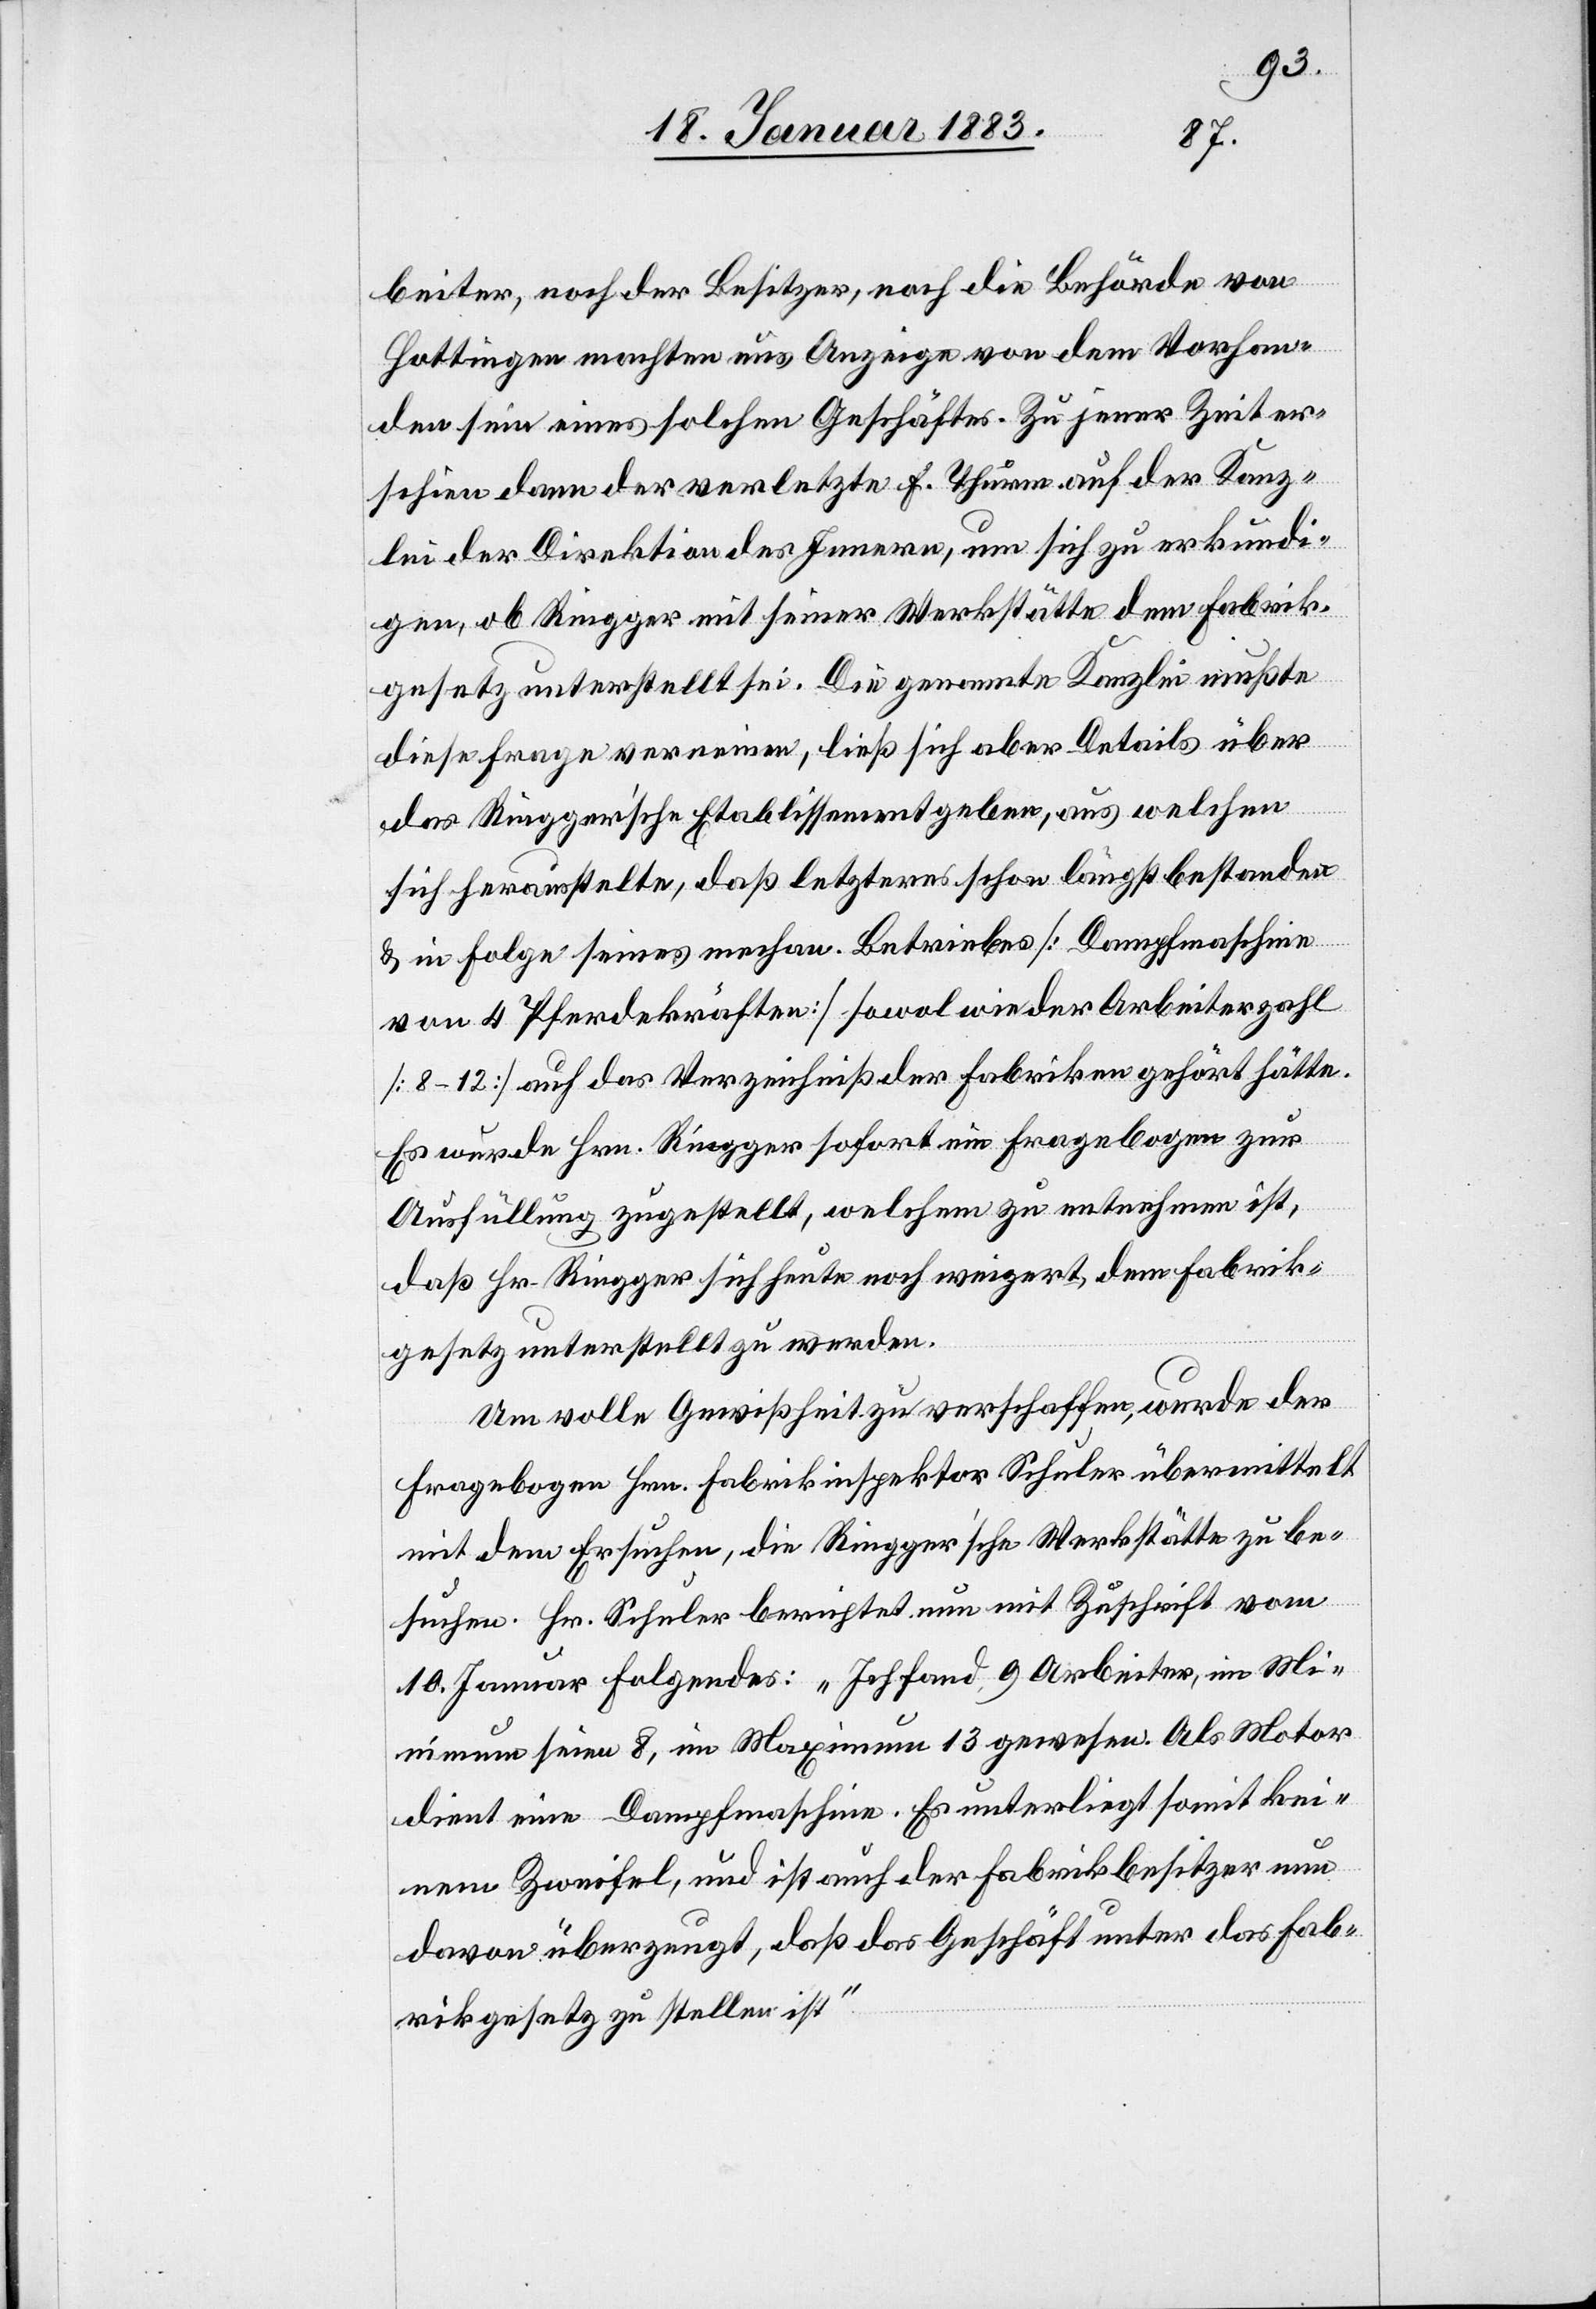
Fab¬
beiter, noch der Besitzer, noch die Behörde von
Hottingen machten uns Anzeige von dem Vorhan¬
den sein eines solchen Geschäftes. Zu jener Zeit er¬
schien dann der verletzte F. Thurm auf der Kanz¬
lei der Direktion des Innern, um sich zu erkundi¬
gen, ob Ringger mit seiner Werkstätte dem Fabrik¬
gesetz unterstellt sei. Die genannte Kanzlei mußte
die Frage verneinen, ließ sich aber Details über
das Ringgerʼsche Etablissement geben, aus welchen
sich herausstellte, daß letzteres schon längst bestanden
& in Folge seines mechan. Betriebes [Dampfmaschine
von 4 Pferdekräften] sowol wie der Arbeiterzahl
[8–12] auf das Verzeichniß der Fabriken gehört hätte.
Es wurde Hrn. Ringger sofort ein Fragebogen zur
Ausfüllung zugestellt, welchem zu entnehmen ist,
daß Hr. Ringger sich heute noch weigert, dem Fabrik¬
gesetz unterstellt zu werden.
Um volle Gewißheit zu verschaffen, wurde der
Fragebogen Hrn. Fabrikinspektor Schuler übermittelt
mit dem Ersuchen, die Ringgerʼsche Werkstätte zu be¬
suchen. Hr. Schuler berichtet nun mit Zuschrift vom
10. Januar Folgendes: „Ich fand 9 Arbeiter, im Mi¬
nimum seien 8, im Maximum 13 gewesen. Als Motor
dient eine Dampfmaschine. Es unterliegt somit kei¬
nem Zweifel, und ist nun auch der Fabrikbesitzer
rikgesetz zu stellen ist.“